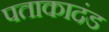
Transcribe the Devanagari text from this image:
पताकादंड